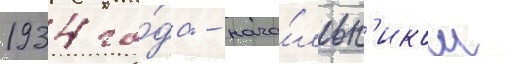
1934 го́да - нача́льн'иком